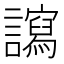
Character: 𧭠